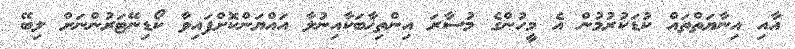
އާއި އިނާޔަތްތައް ކުޑަކުރުމުން އެ މީހުންގެ މުސާރަ އިންތިޚާބަކާއިނުލާ އައްޔަންކޮށްފައިވާ ކޯޑިނޭޓަރުންނަށް ލިބޭ